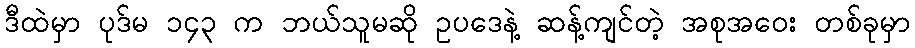
ဒီထဲမှာ ပုဒ်မ ၁၄၃ က ဘယ်သူမဆို ဥပဒေနဲ့ ဆန့်ကျင်တဲ့ အစုအဝေး တစ်ခုမှာ